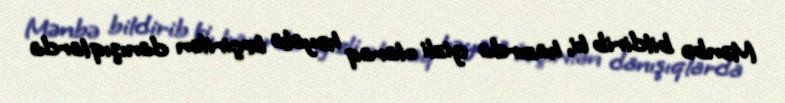
Mənbə bildirib ki, hazırda gizli olaraq həyata keçirilən danışıqlarda